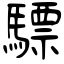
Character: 驃